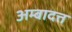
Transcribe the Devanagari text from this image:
अम्बादत्त